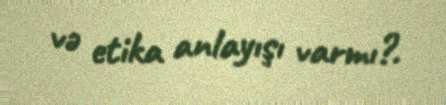
və etika anlayışı varmı?.